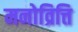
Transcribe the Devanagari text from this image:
मनोव्रित्ति